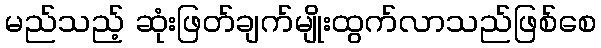
မည်သည့် ဆုံးဖြတ်ချက်မျိုးထွက်လာသည်ဖြစ်စေ